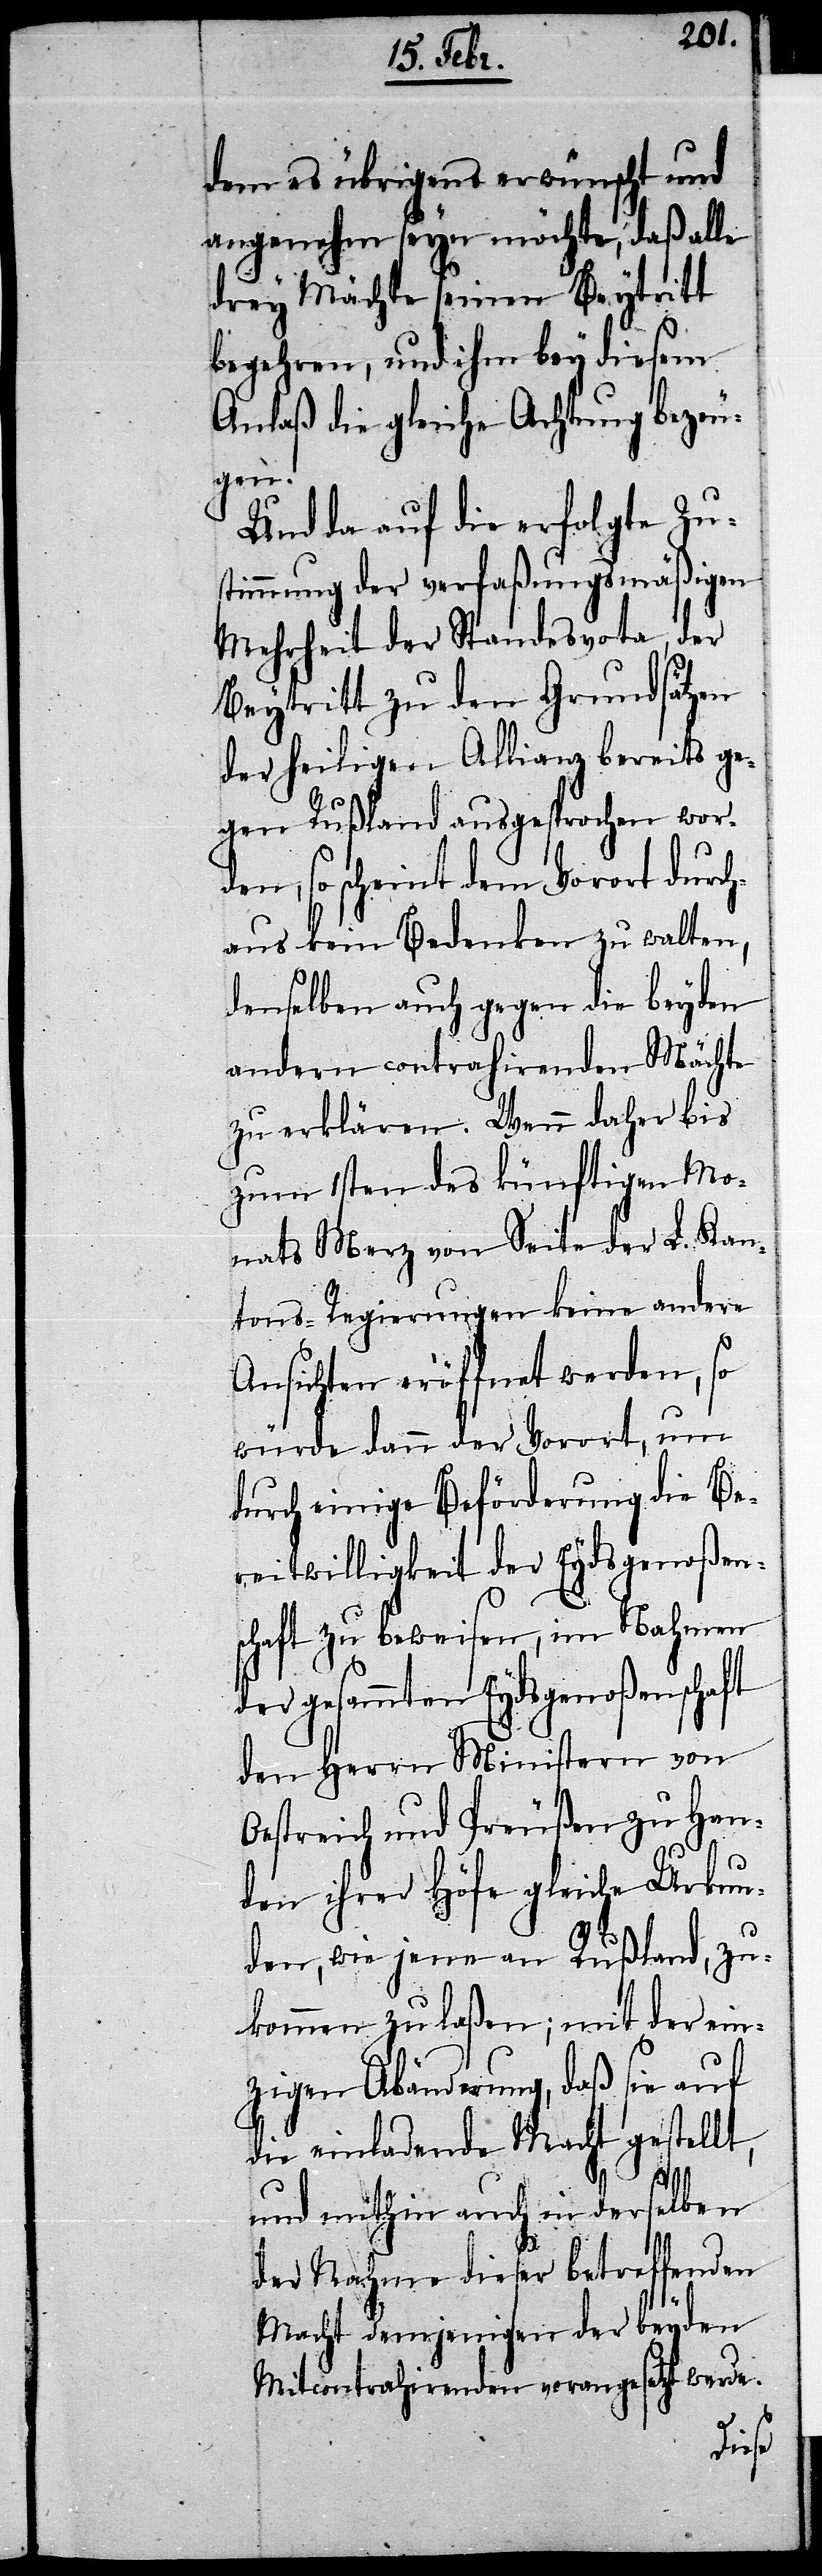
dem es übrigens erwünscht und
angenehm seyn möchte, daß alle
drey Mächte seinen Beytritt
begehren, und ihm bey diesem
Anlaß die gleiche Achtung bezeu¬
gen.
Und da auf die erfolgte Zu¬
stimmung der verfaßungsmäßigen
Mehrheit der Standesvota, der
Beytritt zu den Grundsätzen
der heiligen Allianz bereits ge¬
gen Rußland ausgesprochen word¬
en, so scheint dem Vorort durc¬
haus kein Bedenken zu walten,
denselben auch gegen die beyden
andern contrahirenden Mächte
zu erklären. Wenn daher bis
zum 1sten des künftigen Mo¬
nats Merz von Seite der L. Kan¬
tons-Regierungen keine andere
Ansichten eröffnet werden, so
würde dann der Vorort, um
durch einige Beförderung die Be¬
reitwilligkeit der Eydsgenoßen¬
schaft zu beweisen, im Nahmen
der gesammten Eydsgenoßenschaft
den Herrn Ministern von
Oestreich und Preußen zu Han¬
den ihrer Höfe gleiche Urkun¬
den, wie jene an Rußland, zuk¬
zigen Abänderung, daß sie auf
die einladende Macht gestellt,
ein¬
und mithin auch in derselben
der Nahme dieser betreffenden
Macht demjenigen der beyden
Mitcontrahirenden vorangesetzt werde.